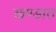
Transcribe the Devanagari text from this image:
खण्डात